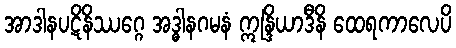
အာဒါနပဋိနိဿဂ္ဂေ အဒ္ဓါနဂမနံ ဣန္ဒြိယာဒီနိ ထေရကာလေပိ